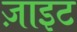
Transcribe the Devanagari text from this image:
ज़ाइट